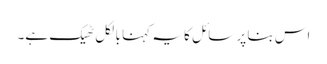
اس بنا پر سائل کا یہ کہنا بالکل ٹھیک ہے۔